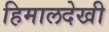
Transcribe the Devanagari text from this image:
हिमालदेखी